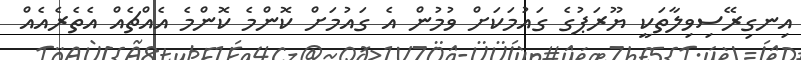
އިނގިރޭސިވިލާތަކީ ޔޫރަޕުގެ ގައުމަކަށް ވުމުން އެ ގައުމަށް ކޮންމެ ކޮންމެ އެއްޗެއް އެތެރެއެއް